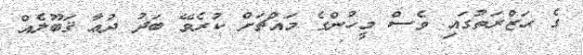
ގެ ޙަޒްރަތުގައި ވެސް މީހުންގެ މައްޗަށް ކުރެވޭ ބަދު ދުޢާ ޤަބޫލެއް